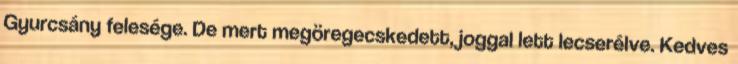
Gyurcsány felesége. De mert megöregecskedett, joggal lett lecserélve. Kedves